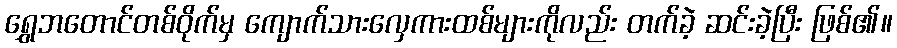
ရွှေဘတောင်တစ်ဝိုက်မှ ကျောက်သားလှေကားထစ်များကိုလည်း တက်ခဲ့ ဆင်းခဲ့ပြီး ဖြစ်၏။